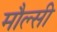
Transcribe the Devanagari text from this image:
मौल्सी